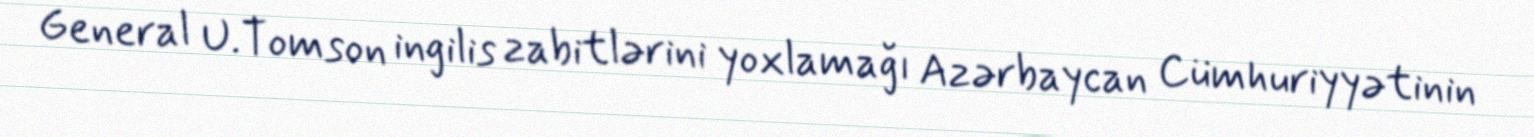
General U.Tomson ingilis zabitlərini yoxlamağı Azərbaycan Cümhuriyyətinin